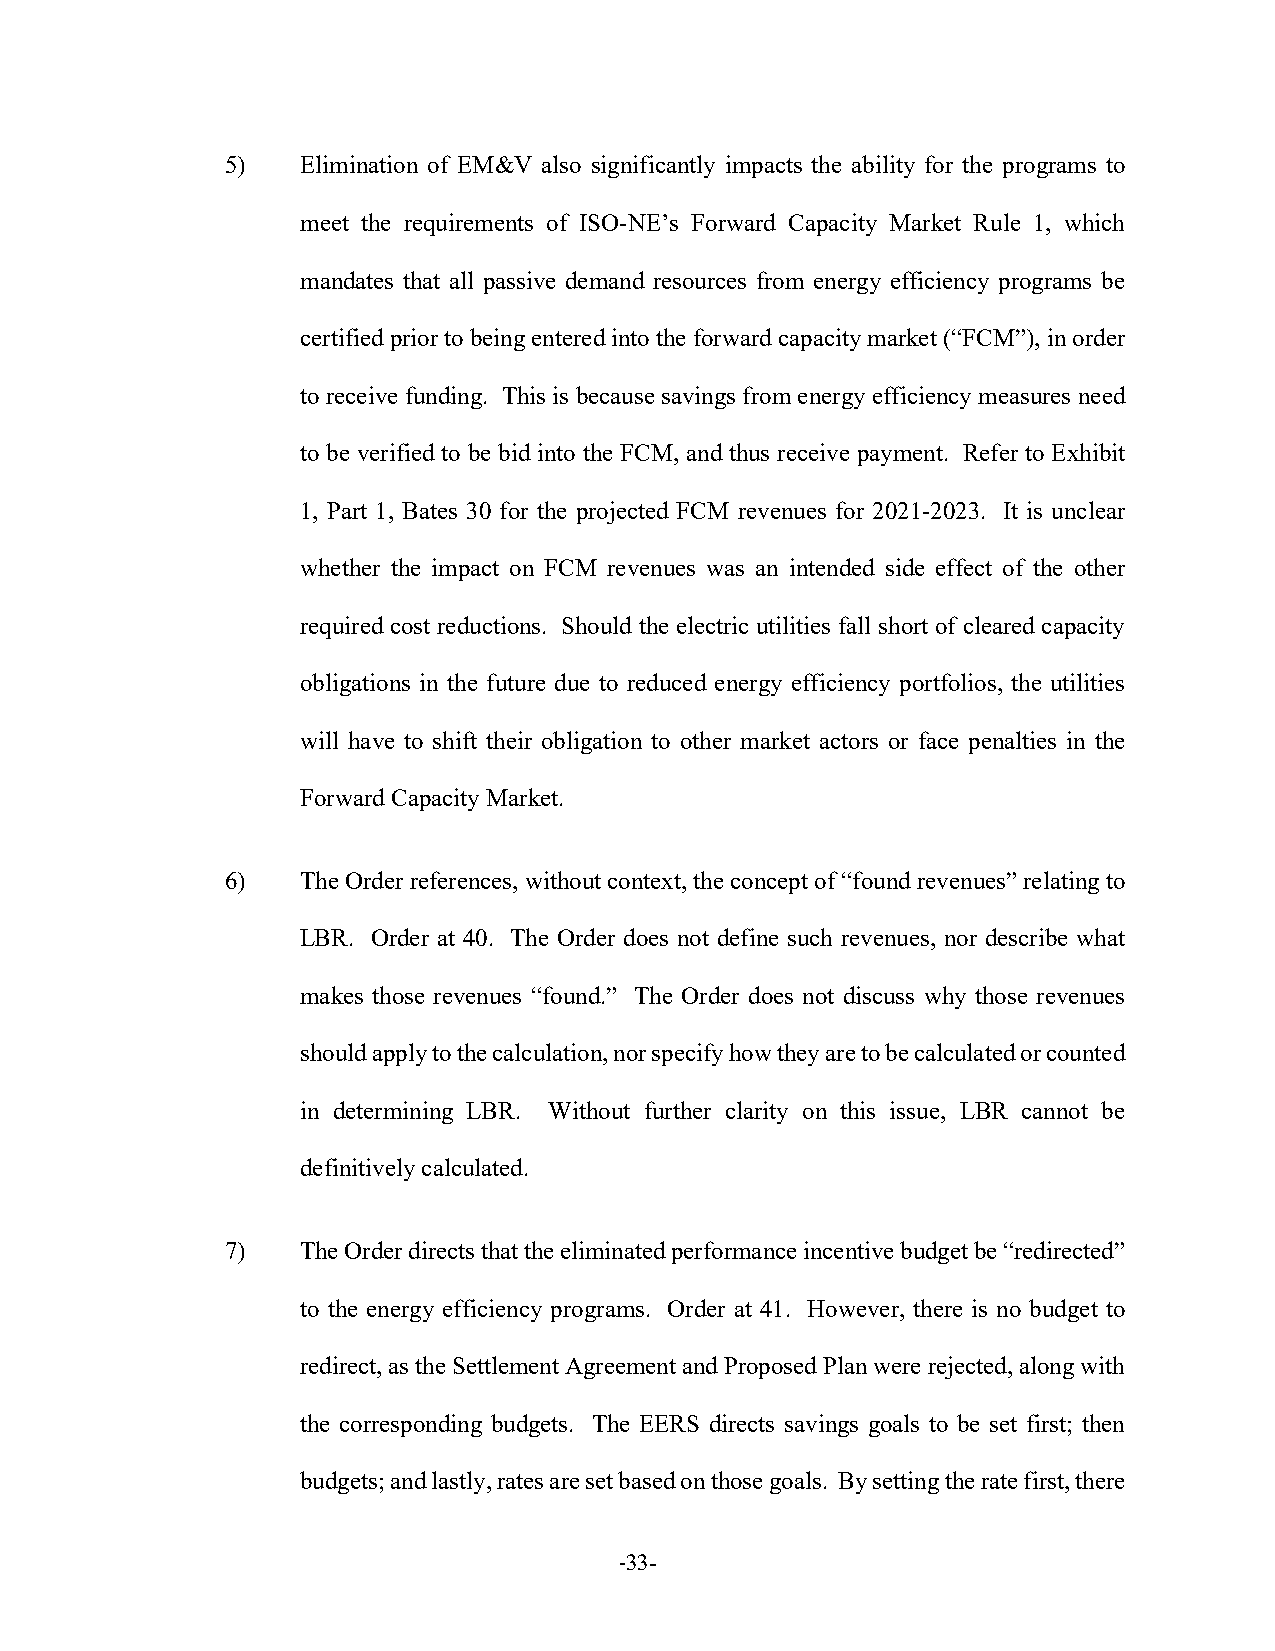
5)   Elimination of EM&V also significantly impacts the ability for the programs to
 meet the requirements of ISO-NE’s Forward Capacity Market Rule 1, which
 mandates that all passive demand resources from energy efficiency programs be
 certified prior to being entered into the forward capacity market (“FCM”), in order
 to receive funding. This is because savings from energy efficiency measures need
 to be verified to be bid into the FCM, and thus receive payment. Refer to Exhibit
 1, Part 1, Bates 30 for the projected FCM revenues for 2021-2023. It is unclear
 whether the impact on FCM revenues was an intended side effect of the other
 required cost reductions. Should the electric utilities fall short of cleared capacity
 obligations in the future due to reduced energy efficiency portfolios, the utilities
 will have to shift their obligation to other market actors or face penalties in the
 Forward Capacity Market.
 6)   The Order references, without context, the concept of “found revenues” relating to
 LBR. Order at 40. The Order does not define such revenues, nor describe what
 makes those revenues “found.” The Order does not discuss why those revenues
 should apply to the calculation, nor specify how they are to be calculated or counted
 in determining LBR. Without further clarity on this issue, LBR cannot be
 definitively calculated.
 7)   The Order directs that the eliminated performance incentive budget be “redirected”
 to the energy efficiency programs. Order at 41. However, there is no budget to
 redirect, as the Settlement Agreement and Proposed Plan were rejected, along with
 the corresponding budgets. The EERS directs savings goals to be set first; then
 budgets; and lastly, rates are set based on those goals. By setting the rate first, there
 -33-